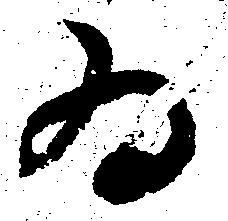
為